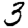
Digit: 3